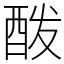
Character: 酦